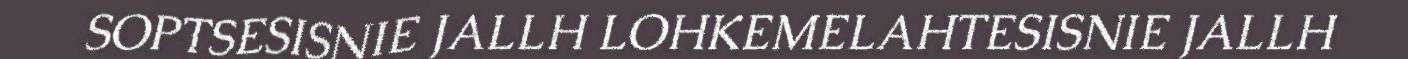
SOPTSESISNIE JALLH LOHKEMELAHTESISNIE JALLH